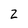
Character: 2